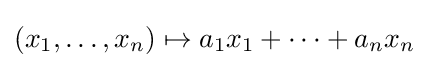
(x_{1},\ldots ,x_{n})\mapsto a_{1}x_{1}+\cdots +a_{n}x_{n}